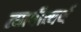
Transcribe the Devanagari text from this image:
त्यापीत्यर्थ